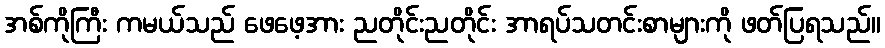
အစ်ကိုကြီး ကမယ်သည် ဖေဖေ့အား ညတိုင်းညတိုင်း အာရပ်သတင်းစာများကို ဖတ်ပြရသည်။